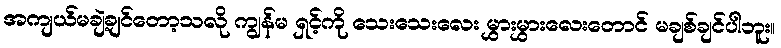
အကျယ်မချဲ့ချင်တော့သလို ကျွန်မ ရှင့်ကို သေးသေးလေး မွှားမွှားလေးတောင် မချစ်ချင်ပါဘူး။